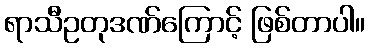
ရာသီဥတုဒဏ်ကြောင့် ဖြစ်တာပါ။